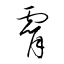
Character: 霄